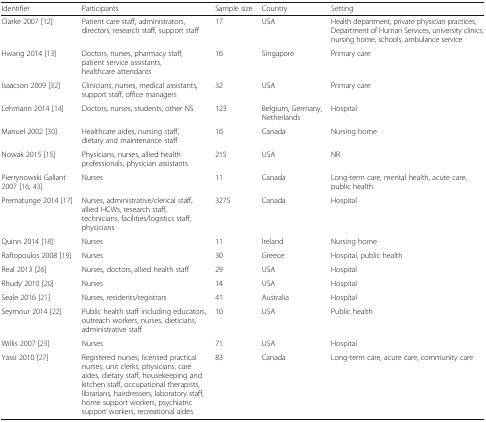
<table><thead><tr><td><b>Identifier</b></td><td><b>Participants</b></td><td><b>Sample size</b></td><td><b>Country</b></td><td><b>Setting</b></td></tr></thead><tbody><tr><td>Clarke 2007 [12]</td><td>Patient care staff, administrators, directors, research staff, support staff</td><td>17</td><td>USA</td><td>Health department, private physician practices, Department of Human Services, university clinics, nursing home, schools, ambulance service</td></tr><tr><td>Hwang 2014 [13]</td><td>Doctors, nurses, pharmacy staff, patient service assistants, healthcare attendants</td><td>16</td><td>Singapore</td><td>Primary care</td></tr><tr><td>Isaacson 2009 [32]</td><td>Clinicians, nurses, medical assistants, support staff, office managers</td><td>32</td><td>USA</td><td>Primary care</td></tr><tr><td>Lehmann 2014 [14]</td><td>Doctors, nurses, students, other NS</td><td>123</td><td>Belgium, Germany, Netherlands</td><td>Hospital</td></tr><tr><td>Manuel 2002 [30]</td><td>Healthcare aides, nursing staff, dietary and maintenance staff</td><td>16</td><td>Canada</td><td>Nursing home</td></tr><tr><td>Nowak 2015 [15]</td><td>Physicians, nurses, allied health professionals, physician assistants</td><td>215</td><td>USA</td><td>NR</td></tr><tr><td>Pierrynowski Gallant 2007 [16, 43]</td><td>Nurses</td><td>11</td><td>Canada</td><td>Long-term care, mental health, acute care, public health</td></tr><tr><td>Prematunge 2014 [17]</td><td>Nurses, administrative/clerical staff, allied HCWs, research staff, technicians, facilities/logistics staff, physicians</td><td>3275</td><td>Canada</td><td>Hospital</td></tr><tr><td>Quinn 2014 [18]</td><td>Nurses</td><td>11</td><td>Ireland</td><td>Nursing home</td></tr><tr><td>Raftopoulos 2008 [19]</td><td>Nurses</td><td>30</td><td>Greece</td><td>Hospital, public health</td></tr><tr><td>Real 2013 [26]</td><td>Nurses, doctors, allied health staff</td><td>29</td><td>USA</td><td>Hospital</td></tr><tr><td>Rhudy 2010 [20]</td><td>Nurses</td><td>14</td><td>USA</td><td>Hospital</td></tr><tr><td>Seale 2016 [21]</td><td>Nurses, residents/registrars</td><td>41</td><td>Australia</td><td>Hospital</td></tr><tr><td>Seymour 2014 [22]</td><td>Public health staff including educators, outreach workers, nurses, dieticians, administrative staff</td><td>10</td><td>USA</td><td>Public health</td></tr><tr><td>Willis 2007 [23]</td><td>Nurses</td><td>71</td><td>USA</td><td>Hospital</td></tr><tr><td>Yassi 2010 [27]</td><td>Registered nurses, licensed practical nurses, unit clerks, physicians, care aides, dietary staff, housekeeping and kitchen staff, occupational therapists, librarians, hairdressers, laboratory staff, home support workers, psychiatric support workers, recreational aides</td><td>83</td><td>Canada</td><td>Long-term care, acute care, community care</td></tr></tbody></table>